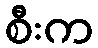
စီးက